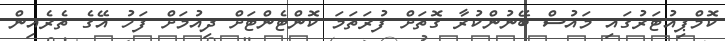
ކޮމްޕިއުޓަރުގައި މައުސް ބޭނުންކުރާ ގޮތަށް ފުރަތަމަ ކޮންޓެންޓަށް ދިއުމަށް ފަހު އޭގެ ތެރެއިން